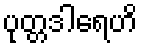
ပုတ္တဒါရေဟိ